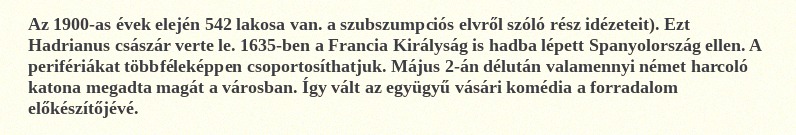
Az 1900-as évek elején 542 lakosa van. a szubszumpciós elvről szóló rész idézeteit). Ezt Hadrianus császár verte le. 1635-ben a Francia Királyság is hadba lépett Spanyolország ellen. A perifériákat többféleképpen csoportosíthatjuk. Május 2-án délután valamennyi német harcoló katona megadta magát a városban. Így vált az együgyű vásári komédia a forradalom előkészítőjévé.